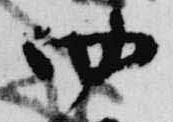
四